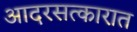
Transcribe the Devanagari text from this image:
आदरसत्कारात